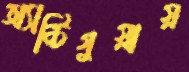
অ্যান্টিগুয়ায়